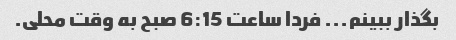
بگذار ببینم... فردا ساعت 6:15 صبح به وقت محلی.